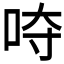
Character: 𭇡